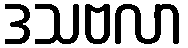
ဒသဗလာ